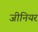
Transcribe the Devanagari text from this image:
जीनियर